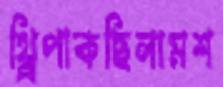
থ্র্রিপাকছিলামশ